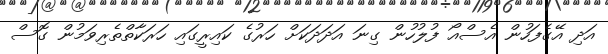
އަދި އޭގެފަހުން އެސްއޯ ފުލުހުން ގިނަ އަދަދަކަށް ހަރުގެ ކައިރީގައި ހަރަކާތްތެރިވަމުން ގޮސް